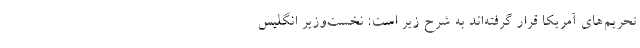
تحریم‌های آمریکا قرار گرفته‌اند به شرح زیر است: نخست‌وزیر انگلیس